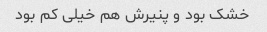
خشک بود و پنیرش هم خیلی کم بود